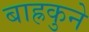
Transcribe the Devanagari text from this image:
बाह्रकुने